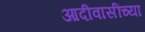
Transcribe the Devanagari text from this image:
आदीवासींच्या